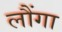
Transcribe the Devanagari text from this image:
लौंगा